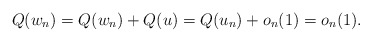
\begin{align*} Q(w_n)=Q(w_n)+Q(u)=Q(u_n)+o_n(1)=o_n(1).\end{align*}